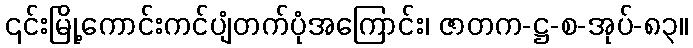
၎င်းမြို့ကောင်းကင်ပျံတက်ပုံအကြောင်း၊ ဇာတက-ဋ္ဌ-စ-အုပ်-၈၃။